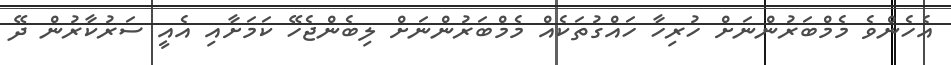
އެހެންވެ މެމްބަރުންނަށް ހުރިހާ ހައްގުތަކެއް މެމްބަރުންނަށް ލިބެންޖެހޭ ކަމަށާއި އެއީ ސަރުކާރުން ދޭ